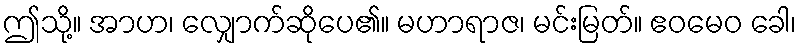
ဤသို့။ အာဟ၊ လျှောက်ဆိုပေ၏။ မဟာရာဇ၊ မင်းမြတ်။ ဧဝမေဝ ခေါ၊